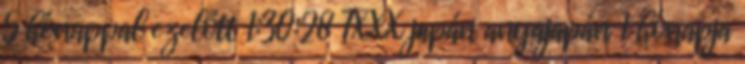
5 hónappal ezelőtt 1:30:28 TXXX japán anyajapán 1 hónapja